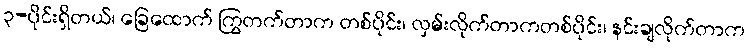
၃-ပိုင်းရှိတယ်၊ ခြေထောက် ကြွတက်တာက တစ်ပိုင်း၊ လှမ်းလိုက်တာကတစ်ပိုင်း၊ နင်းချလိုက်တာက